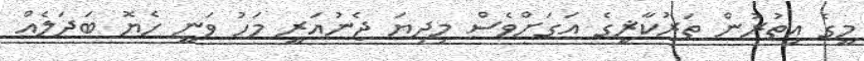
މީގެ އިތުރުން ތަރުކާޜީގެ އަގަށްވެސް މިދިޔަ ޖެނުއަރީ މަހު ވަނީ ހެޔޮ ބަދަލެއް